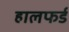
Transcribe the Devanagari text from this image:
हालफर्ड